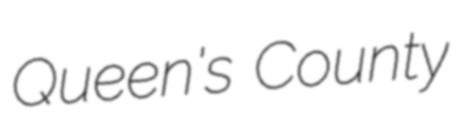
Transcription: Queen's County